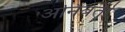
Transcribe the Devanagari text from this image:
अनिवर्ती